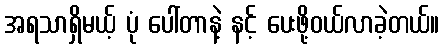
အရသာရှိမယ့် ပုံ ပေါ်တာနဲ့ နင့် ပေးဖို့ဝယ်လာခဲ့တယ်။